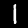
Digit: 1